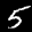
Label: 5